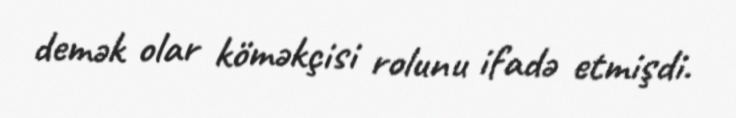
demək olar köməkçisi rolunu ifadə etmişdi.